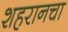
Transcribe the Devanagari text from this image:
शहरानचा